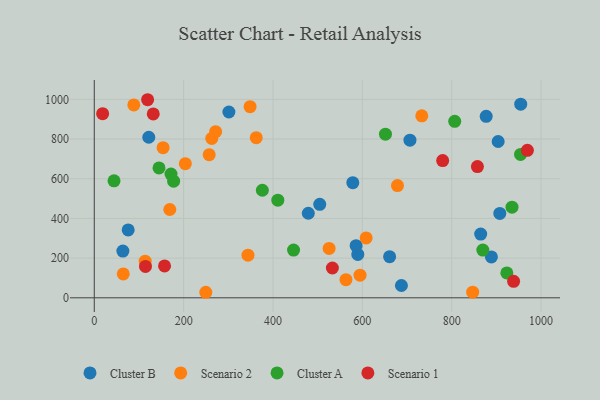
{"axis": {"x": "Engine Size", "y": "Demand"}, "legend": ["Cluster A", "Cluster B", "Scenario 1", "Scenario 2"], "data": [{"x": "504.6", "y": 470.9, "type": "Cluster B"}, {"x": "578.6", "y": 580.0, "type": "Cluster B"}, {"x": "907.6", "y": 425.4, "type": "Cluster B"}, {"x": "706.5", "y": 794.4, "type": "Cluster B"}, {"x": "877.1", "y": 914.4, "type": "Cluster B"}, {"x": "954.4", "y": 975.9, "type": "Cluster B"}, {"x": "75.9", "y": 341.9, "type": "Cluster B"}, {"x": "589.8", "y": 218.8, "type": "Cluster B"}, {"x": "687.4", "y": 62.1, "type": "Cluster B"}, {"x": "64.0", "y": 235.4, "type": "Cluster B"}, {"x": "479.0", "y": 426.2, "type": "Cluster B"}, {"x": "122.0", "y": 809.1, "type": "Cluster B"}, {"x": "661.0", "y": 207.2, "type": "Cluster B"}, {"x": "903.9", "y": 787.5, "type": "Cluster B"}, {"x": "864.8", "y": 321.2, "type": "Cluster B"}, {"x": "888.8", "y": 205.8, "type": "Cluster B"}, {"x": "301.3", "y": 936.2, "type": "Cluster B"}, {"x": "586.0", "y": 262.7, "type": "Cluster B"}, {"x": "678.6", "y": 565.6, "type": "Scenario 2"}, {"x": "348.7", "y": 963.3, "type": "Scenario 2"}, {"x": "846.9", "y": 28.4, "type": "Scenario 2"}, {"x": "64.9", "y": 120.4, "type": "Scenario 2"}, {"x": "263.0", "y": 802.9, "type": "Scenario 2"}, {"x": "203.8", "y": 675.9, "type": "Scenario 2"}, {"x": "525.6", "y": 249.0, "type": "Scenario 2"}, {"x": "733.0", "y": 917.1, "type": "Scenario 2"}, {"x": "594.8", "y": 114.3, "type": "Scenario 2"}, {"x": "169.0", "y": 445.1, "type": "Scenario 2"}, {"x": "608.5", "y": 302.0, "type": "Scenario 2"}, {"x": "344.0", "y": 214.7, "type": "Scenario 2"}, {"x": "257.2", "y": 721.0, "type": "Scenario 2"}, {"x": "113.9", "y": 184.5, "type": "Scenario 2"}, {"x": "154.0", "y": 756.6, "type": "Scenario 2"}, {"x": "362.5", "y": 806.8, "type": "Scenario 2"}, {"x": "249.6", "y": 27.9, "type": "Scenario 2"}, {"x": "271.6", "y": 836.9, "type": "Scenario 2"}, {"x": "88.5", "y": 972.1, "type": "Scenario 2"}, {"x": "563.3", "y": 91.3, "type": "Scenario 2"}, {"x": "144.9", "y": 654.5, "type": "Cluster A"}, {"x": "934.9", "y": 456.5, "type": "Cluster A"}, {"x": "651.7", "y": 824.5, "type": "Cluster A"}, {"x": "410.8", "y": 491.8, "type": "Cluster A"}, {"x": "446.0", "y": 240.7, "type": "Cluster A"}, {"x": "44.2", "y": 589.4, "type": "Cluster A"}, {"x": "806.7", "y": 889.3, "type": "Cluster A"}, {"x": "376.2", "y": 542.0, "type": "Cluster A"}, {"x": "923.3", "y": 125.2, "type": "Cluster A"}, {"x": "869.6", "y": 240.4, "type": "Cluster A"}, {"x": "177.6", "y": 587.8, "type": "Cluster A"}, {"x": "171.7", "y": 623.3, "type": "Cluster A"}, {"x": "954.0", "y": 722.6, "type": "Cluster A"}, {"x": "157.3", "y": 160.5, "type": "Scenario 1"}, {"x": "532.9", "y": 150.1, "type": "Scenario 1"}, {"x": "779.7", "y": 691.3, "type": "Scenario 1"}, {"x": "18.7", "y": 928.0, "type": "Scenario 1"}, {"x": "132.0", "y": 926.8, "type": "Scenario 1"}, {"x": "857.5", "y": 661.4, "type": "Scenario 1"}, {"x": "938.5", "y": 83.3, "type": "Scenario 1"}, {"x": "119.4", "y": 998.1, "type": "Scenario 1"}, {"x": "114.6", "y": 158.4, "type": "Scenario 1"}, {"x": "969.3", "y": 743.0, "type": "Scenario 1"}]}